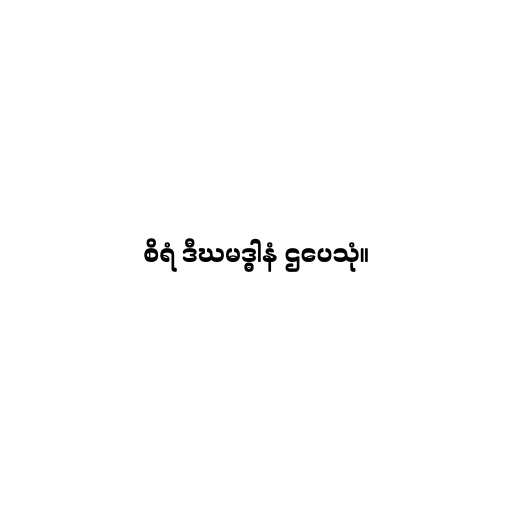
စိရံ ဒီဃမဒ္ဓါနံ ဌပေသုံ။